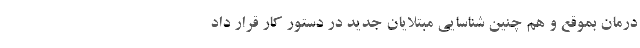
درمان بموقع و هم چنین شناسایی مبتلایان جدید در دستور کار قرار داد